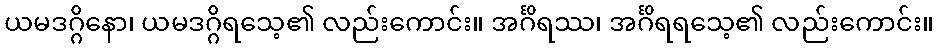
ယမဒဂ္ဂိနော၊ ယမဒဂ္ဂိရသေ့၏ လည်းကောင်း။ အင်္ဂိရဿ၊ အင်္ဂိရရသေ့၏ လည်းကောင်း။